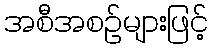
အစီအစဉ်များဖြင့်